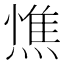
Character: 𭵼